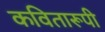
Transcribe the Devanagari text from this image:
कवितारूपी